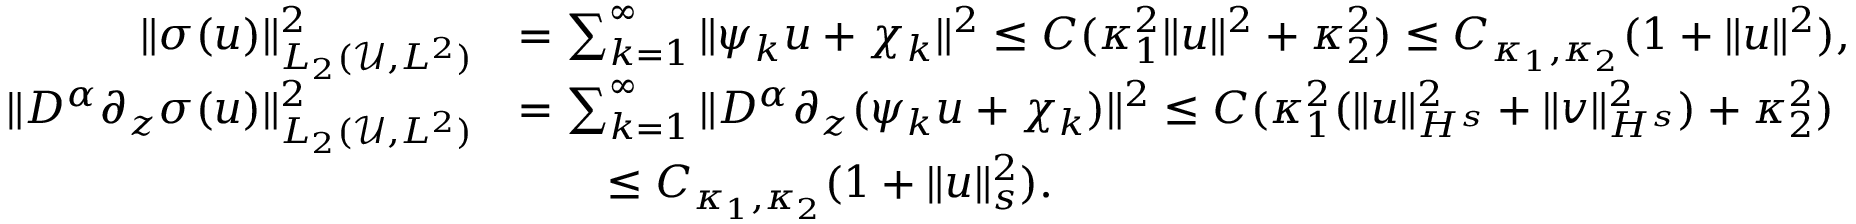
\begin{array} { r l } { \Vert \sigma ( u ) \Vert _ { L _ { 2 } ( \mathscr { U } , L ^ { 2 } ) } ^ { 2 } } & { = \sum _ { k = 1 } ^ { \infty } \| \psi _ { k } u + \chi _ { k } \| ^ { 2 } \leq C ( \kappa _ { 1 } ^ { 2 } \| u \| ^ { 2 } + \kappa _ { 2 } ^ { 2 } ) \leq C _ { \kappa _ { 1 } , \kappa _ { 2 } } ( 1 + \| u \| ^ { 2 } ) , } \\ { \Vert D ^ { \alpha } \partial _ { z } \sigma ( u ) \Vert _ { L _ { 2 } ( \mathscr { U } , L ^ { 2 } ) } ^ { 2 } } & { = \sum _ { k = 1 } ^ { \infty } \| D ^ { \alpha } \partial _ { z } ( \psi _ { k } u + \chi _ { k } ) \| ^ { 2 } \leq C ( \kappa _ { 1 } ^ { 2 } ( \| u \| _ { H ^ { s } } ^ { 2 } + \| v \| _ { H ^ { s } } ^ { 2 } ) + \kappa _ { 2 } ^ { 2 } ) } \\ & { \qquad \leq C _ { \kappa _ { 1 } , \kappa _ { 2 } } ( 1 + \| u \| _ { s } ^ { 2 } ) . } \end{array}